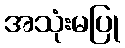
အသုံးမပြု